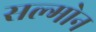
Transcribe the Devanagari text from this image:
सल्मोन